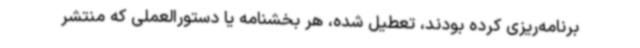
برنامه‌ریزی کرده بودند، تعطیل شده، هر بخشنامه یا دستورالعملی که منتشر